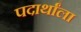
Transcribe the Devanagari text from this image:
पदार्थांला